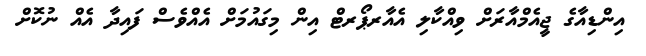
އިންޑިއާގެ ޖީއެމްއާރަށް ވިއްކާލި އެއާރޕޯރޓް އިން މިގައުމަށް އެއްވެސް ފައިދާ އެއް ނުކޮށް